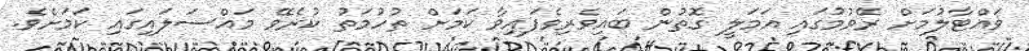
ވައްޓާލުމަށް ރޭވުމުގައި އަމަލީ ގޮތުން ބައިވެރިވެފައިވާ ކަމަށް ތުހުމަތު ކުރެވޭ މައްސަލައިގައި ކަމަށެވެ.